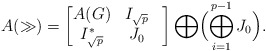
\begin{align*}A(\gg)=\begin{bmatrix}A(G) & I_{\sqrt{p}} \\I_{\sqrt{p}}^*& J_0 &\end{bmatrix} \bigoplus\Bigl(\bigoplus_{i=1}^{p-1} J_0\Bigr).\end{align*}